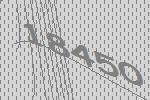
18450